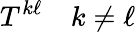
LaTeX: T^{k\ell}\quad k\neq\ell